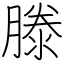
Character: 滕